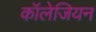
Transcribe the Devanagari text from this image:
कॉलेजियन